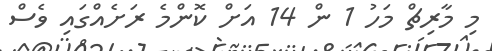
މި މާރިޗް މަހު 1 ން 14 އަށް ކޮންމެ ރަށެއްގައި ވެސް